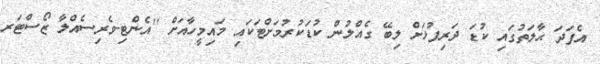
އެފަދަ ޙާލަތުގައި ކުޑަ ދަރިފުޅަށް ލިބޭ ގެއްލުން ކުޑަކުރުމަށްޓަކައި މައިމީހާއަށް ''އެންޓި-ވެރިސެއްލާ ޒޯސްޓަރ